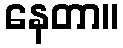
နေတာ။